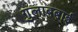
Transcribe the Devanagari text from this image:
गुलाबबाई